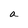
Character: a